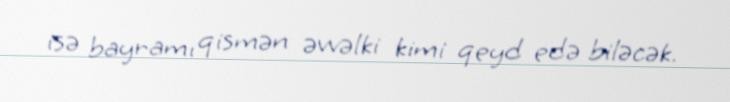
isə bayramı qismən əvvəlki kimi qeyd edə biləcək.